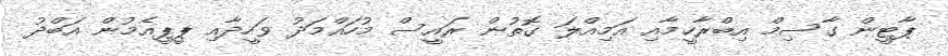
ޕާޓީން ގާސިމް އިބްރާހީމާއި އަމިއްލަ ގޮތުން ރައީސް މުހައްމަދު ވަހީދާއި ޕީޕީއެމުން އަބްދު